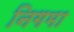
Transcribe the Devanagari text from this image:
निगमा